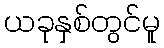
ယခုနှစ်တွင်မူ